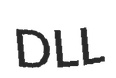
DLL